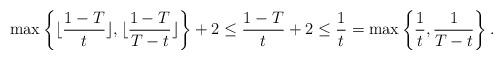
LaTeX: \begin{align*}\max \left\{\lfloor \frac{1-T}{t}\rfloor,\lfloor \frac{1-T}{T-t}\rfloor\right\}+2 \leq \frac{1-T}{t}+2\leq \frac{1}{t}=\max \left\{\frac{1}{t},\frac{1}{T-t}\right\}.\end{align*}